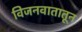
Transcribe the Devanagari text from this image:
विजनवातातून